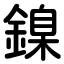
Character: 鎳